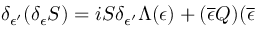
\delta _ { \epsilon ^ { \prime } } ( \delta _ { \epsilon } S ) = i S \delta _ { \epsilon ^ { \prime } } \Lambda ( \epsilon ) + ( \overline { { { \epsilon } } } Q ) ( \overline { { { \epsilon } } }